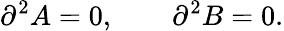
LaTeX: \partial^{2}A=0,\qquad\partial^{2}B=0.